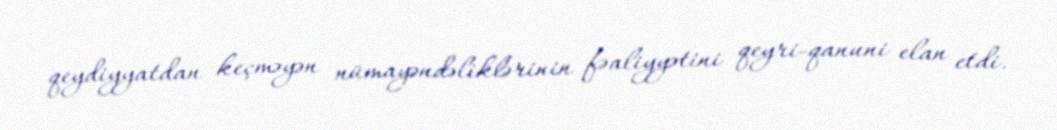
qeydiyyatdan keçməyən nümayəndəliklərinin fəaliyyətini qeyri-qanuni elan etdi.